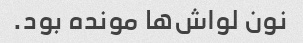
نون لواش‌ها مونده بود.